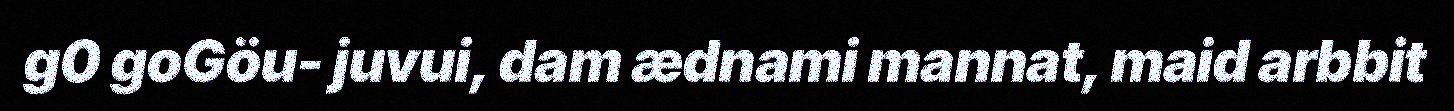
g0 goGöu- juvui, dam ædnami mannat, maid arbbit